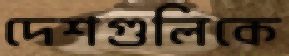
দেশগুলিকে